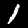
Label: 1